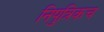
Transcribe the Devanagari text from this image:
निपुत्रिकच